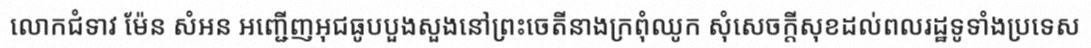
លោកជំទាវ ម៉ែន សំអន អញ្ជើញអុជធូបបួងសួងនៅព្រះចេតីនាងក្រពុំឈូក សុំសេចក្តីសុខដល់ពលរដ្ឋទូទាំងប្រទេស